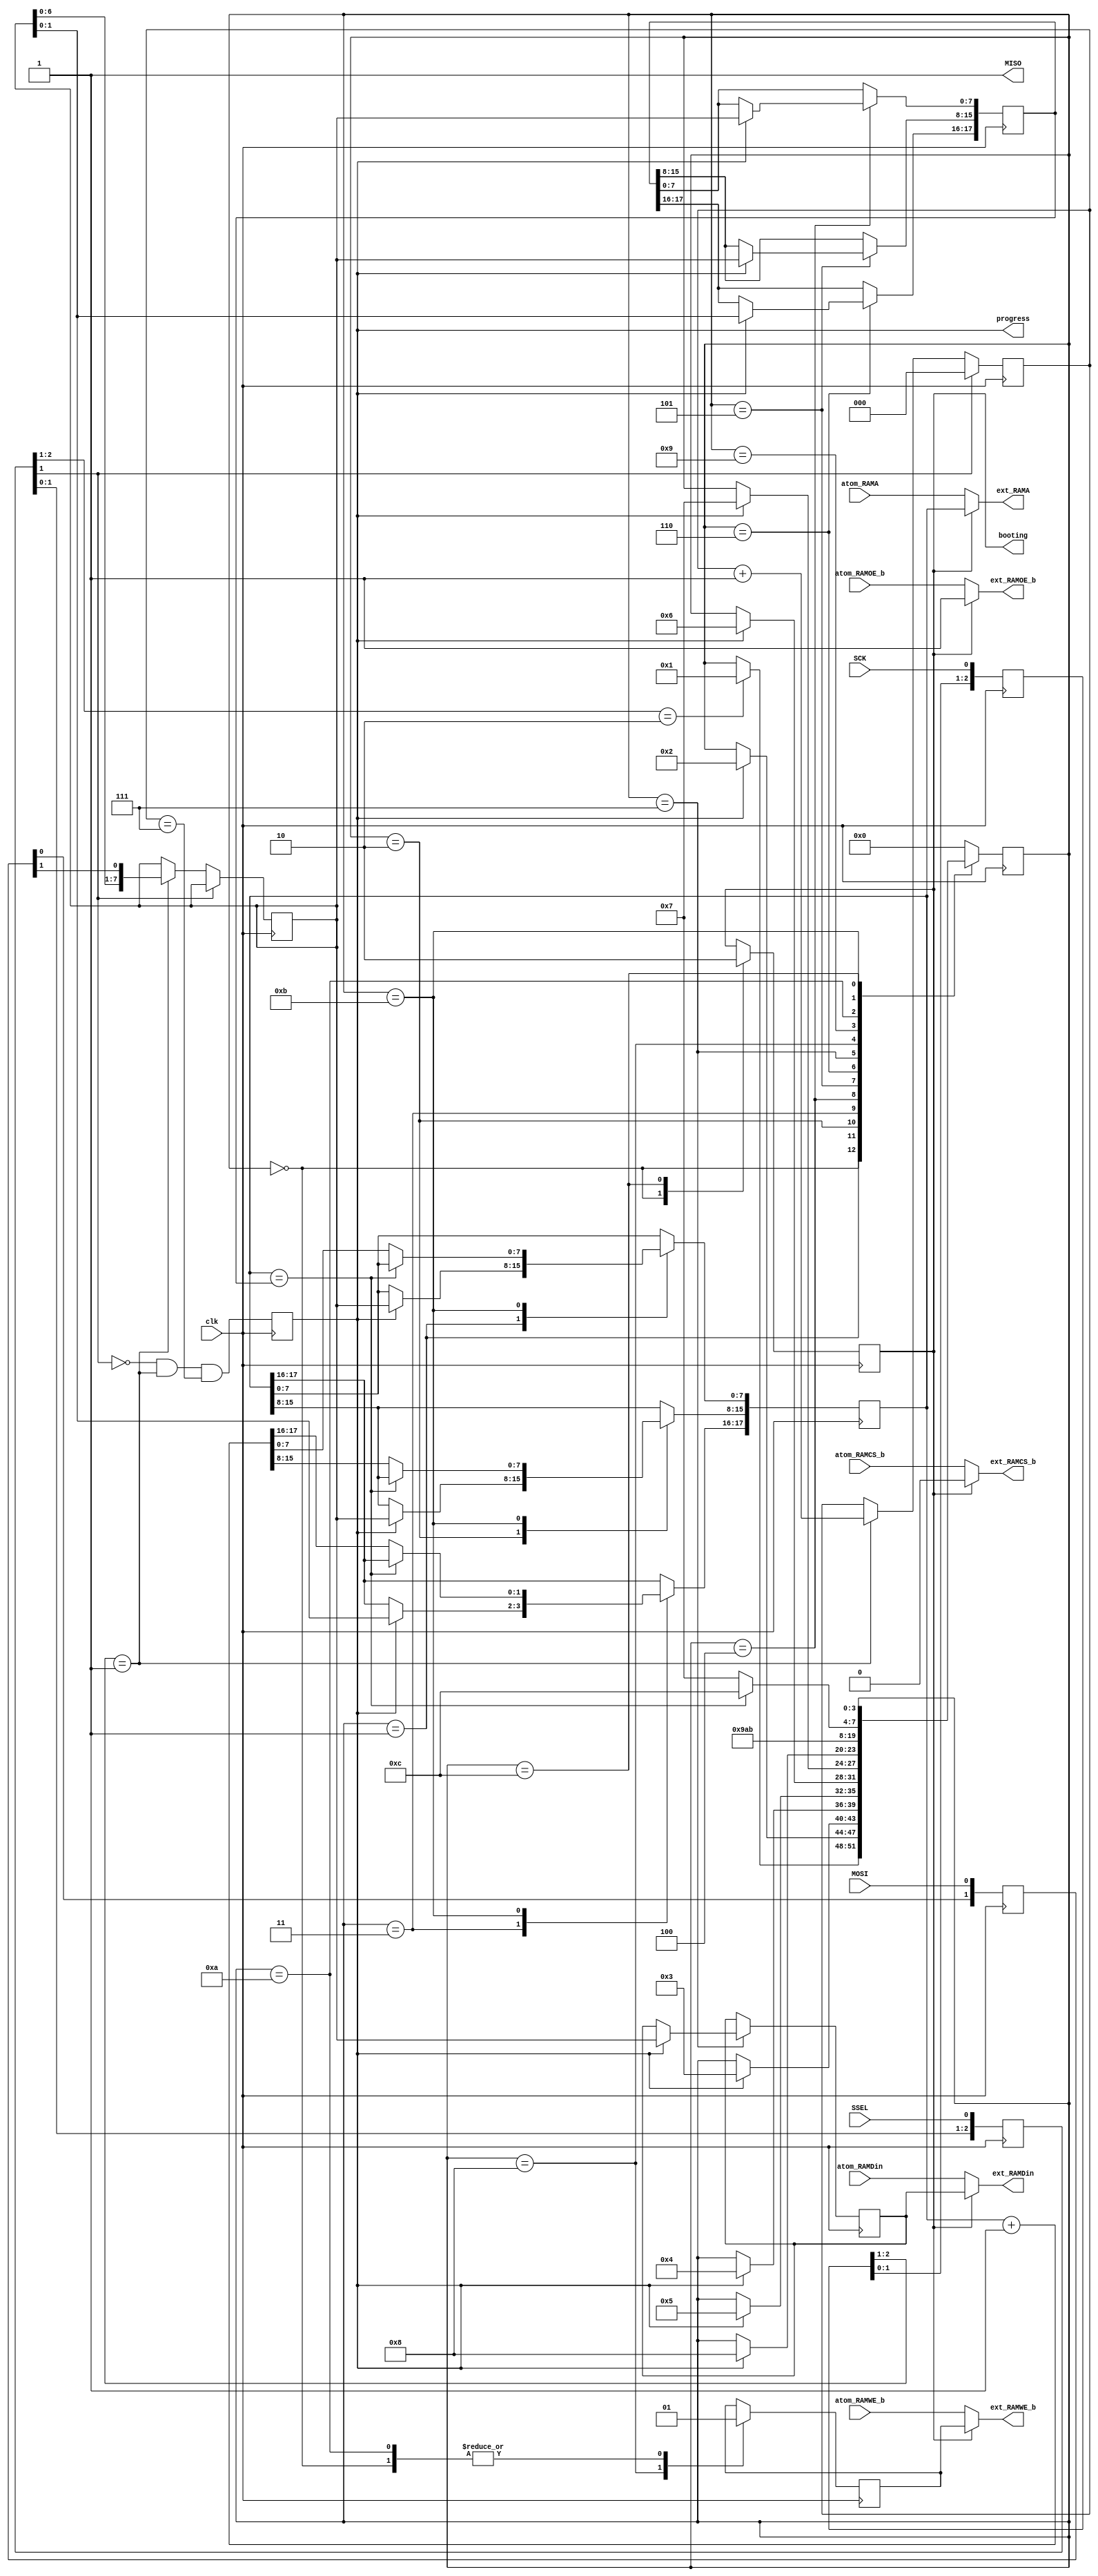
module bootstrap
  (

   // Clock needs to be clk100 (i.e. >> SCK)
   input         clk,
   output reg    booting = 1'b1,
   output        progress,

   // SPI Slave Interface (runs at 20MHz)
   input         SCK,
   input         SSEL,
   input         MOSI,
   output        MISO,

   // RAM from Atom
   input         atom_RAMCS_b,
   input         atom_RAMOE_b,
   input         atom_RAMWE_b,
   input [17:0]  atom_RAMA,
   input [7:0]   atom_RAMDin,

   // RAM to external SRAM
   output        ext_RAMCS_b,
   output        ext_RAMOE_b,
   output        ext_RAMWE_b,
   output [17:0] ext_RAMA,
   output [7:0]  ext_RAMDin
   );

   // ===============================================================
   // Local registers
   // ===============================================================

   reg           boot_RAMWE_b;
   reg [17:0]    boot_RAMA;
   reg [7:0]     boot_RAMDin;
   reg [17:0]    boot_ENDA;

   // ===============================================================
   // RAM Multiplexor (between the Atom and the boot Loader)
   // ===============================================================

   assign ext_RAMCS_b = booting ? 1'b0         : atom_RAMCS_b;
   assign ext_RAMOE_b = booting ? 1'b1         : atom_RAMOE_b;
   assign ext_RAMWE_b = booting ? boot_RAMWE_b : atom_RAMWE_b;
   assign ext_RAMA    = booting ? boot_RAMA    : atom_RAMA;
   assign ext_RAMDin  = booting ? boot_RAMDin  : atom_RAMDin;

   // ===============================================================
   // Simple SPI Slave
   // ===============================================================

   // See: http://www.fpga4fun.com/SPI2.html

   // sync SCK to the FPGA clock using a 3-bits shift register
   reg [2:0]     SCKr;  always @(posedge clk) SCKr <= {SCKr[1:0], SCK};
   wire          SCK_risingedge = (SCKr[2:1]==2'b01);  // now we can detect SCK rising edges
   wire          SCK_fallingedge = (SCKr[2:1]==2'b10);  // and falling edges

   // same thing for SSEL
   reg [2:0]     SSELr;  always @(posedge clk) SSELr <= {SSELr[1:0], SSEL};
   wire          SSEL_active = ~SSELr[1];  // SSEL is active low
   wire          SSEL_startmessage = (SSELr[2:1]==2'b10);  // message starts at falling edge

   // and for MOSI
   reg [1:0]     MOSIr;  always @(posedge clk) MOSIr <= {MOSIr[0], MOSI};
   wire          MOSI_data = MOSIr[1];

   // we handle SPI in 8-bits format, so we need a 3 bits counter to count the bits as they come in
   reg [2:0]     bitcnt;

   reg           byte_received;  // high when a byte has been received
   reg [7:0]     byte_data_received;

   always @(posedge clk)
     begin
        if(~SSEL_active)
          bitcnt <= 3'b000;
        else
          if(SCK_risingedge)
            begin
               bitcnt <= bitcnt + 3'b001;
               // implement a shift-left register (since we receive the data MSB first)
               byte_data_received <= {byte_data_received[6:0], MOSI_data};
            end
     end

   always @(posedge clk) byte_received <= SSEL_active && SCK_risingedge && (bitcnt==3'b111);

   assign progress = byte_received;

   assign MISO = 1'b1;

   // ===============================================================
   // Bootstrap state machine
   // ===============================================================

`define st_idle               4'h0
`define st_wait_for_start_lo  4'h1
`define st_wait_for_start_mid 4'h2
`define st_wait_for_start_hi  4'h3
`define st_wait_for_end_lo    4'h4
`define st_wait_for_end_mid   4'h5
`define st_wait_for_end_hi    4'h6
`define st_wait_for_byte      4'h7
`define st_write_1            4'h8
`define st_write_2            4'h9
`define st_write_3            4'hA
`define st_write_4            4'hB
`define st_done               4'hC

   reg [3:0] state = `st_idle;

   always @(posedge clk)
     case (state)
       `st_idle:
         begin
            booting      <= 1'b1;
            boot_RAMWE_b <= 1'b1;
            if (SSEL_startmessage)
              state <= `st_wait_for_start_lo;
         end
       `st_wait_for_start_lo:
         if (byte_received)
           begin
              boot_RAMA[7:0] <= byte_data_received;
              state <= `st_wait_for_start_mid;
           end
       `st_wait_for_start_mid:
         if (byte_received)
           begin
              boot_RAMA[15:8] <= byte_data_received;
              state <= `st_wait_for_start_hi;
           end
       `st_wait_for_start_hi:
         if (byte_received)
           begin
              boot_RAMA[17:16] <= byte_data_received[1:0];
              state <= `st_wait_for_end_lo;
           end
       `st_wait_for_end_lo:
         if (byte_received)
           begin
              boot_ENDA[7:0] <= byte_data_received;
              state <= `st_wait_for_end_mid;
           end
       `st_wait_for_end_mid:
         if (byte_received)
           begin
              boot_ENDA[15:8] <= byte_data_received;
              state <= `st_wait_for_end_hi;
           end
       `st_wait_for_end_hi:
         if (byte_received)
           begin
              boot_ENDA[17:16] <= byte_data_received[1:0];
              state <= `st_wait_for_byte;
           end
       `st_wait_for_byte:
         if (byte_received)
           begin
              boot_RAMDin <= byte_data_received;
              state <= `st_write_1;
           end
       `st_write_1:
         begin
            boot_RAMWE_b <= 1'b0;
            state <= `st_write_2;
         end
       `st_write_2:
         begin
            state <= `st_write_3;
         end
       `st_write_3:
         begin
            boot_RAMWE_b <= 1'b1;
            state <= `st_write_4;
         end
       `st_write_4:
         begin
            if (boot_RAMA == boot_ENDA)
              begin
                 state <= `st_done;
              end
            else
              begin
                 boot_RAMA <= boot_RAMA + 1;
                 state <= `st_wait_for_byte;
              end
         end
       `st_done:
         begin
             booting <= 1'b0;
         end

       default:
         state <= `st_idle;

     endcase

endmodule